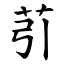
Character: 䒡